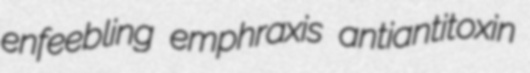
enfeebling emphraxis antiantitoxin